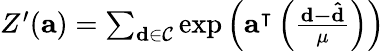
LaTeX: \begin{array}{r}{Z^{\prime}(\mathbf{a})=\sum_{\mathbf{d}\in\mathcal{C}}\exp\left(\mathbf{a}^{\intercal}\left(\frac{\mathbf{d-\hat{d}}}{\mu}\right)\right)}\end{array}